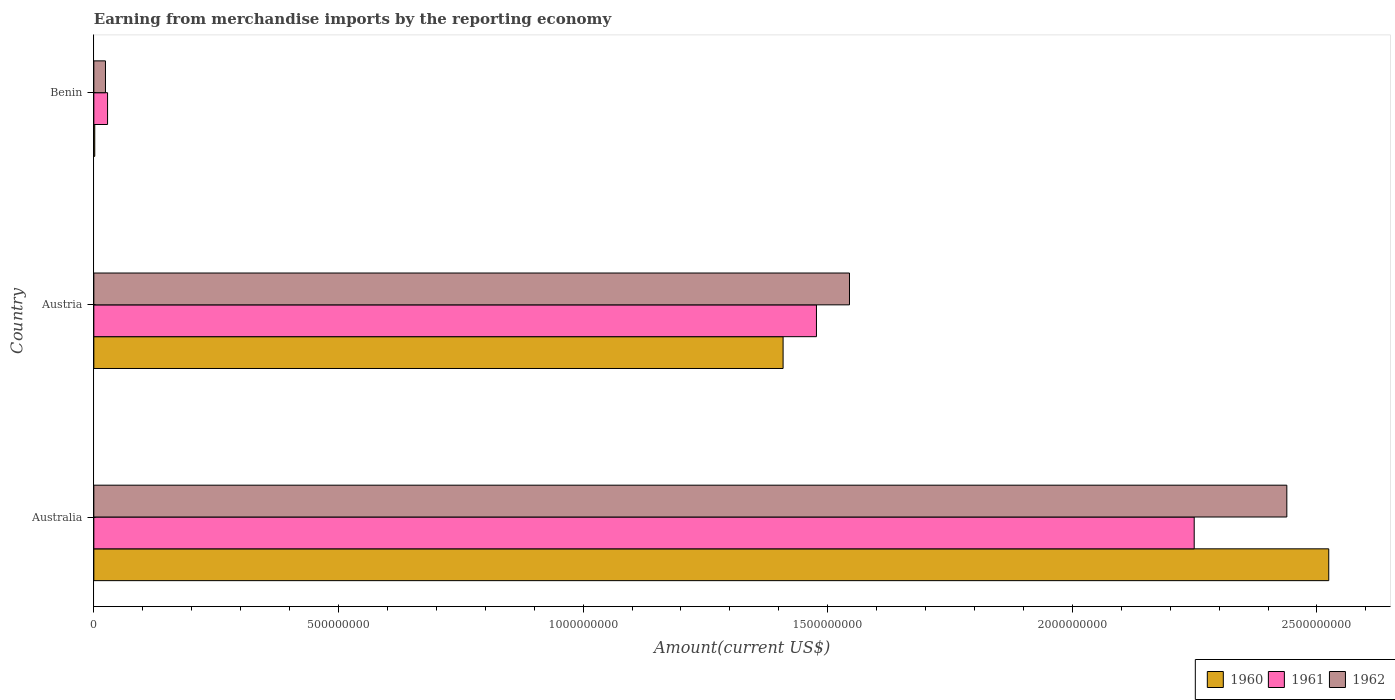
| Country | 1960 | 1961 | 1962 |
 | --- | --- | --- | --- |
 | Australia | 2.52e+09 | 2.25e+09 | 2.44e+09 |
 | Austria | 1.41e+09 | 1.48e+09 | 1.54e+09 |
 | Benin | 1.9e+06 | 2.81e+07 | 2.38e+07 |